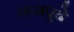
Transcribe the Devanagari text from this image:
संघापुढे